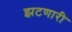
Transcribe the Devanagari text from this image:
झटणारी